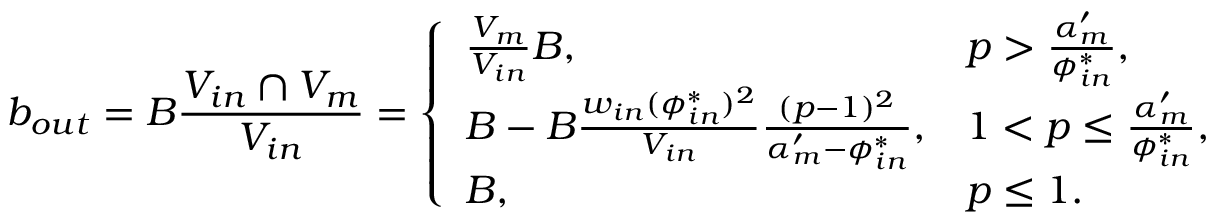
b _ { o u t } = B \frac { V _ { i n } \cap V _ { m } } { V _ { i n } } = \left\{ \begin{array} { l l } { \frac { V _ { m } } { V _ { i n } } B , } & { p > \frac { \alpha _ { m } ^ { \prime } } { \phi _ { i n } ^ { * } } , } \\ { B - B \frac { w _ { i n } ( \phi _ { i n } ^ { * } ) ^ { 2 } } { V _ { i n } } \frac { ( p - 1 ) ^ { 2 } } { \alpha _ { m } ^ { \prime } - \phi _ { i n } ^ { * } } , } & { 1 < p \le \frac { \alpha _ { m } ^ { \prime } } { \phi _ { i n } ^ { * } } , } \\ { B , } & { p \le 1 . } \end{array} \right.